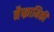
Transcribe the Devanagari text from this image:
नैष्क्रामिकी